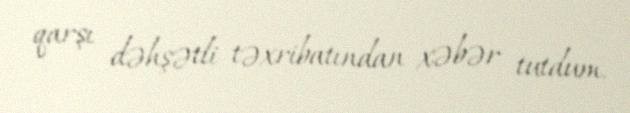
qarşı dəhşətli təxribatından xəbər tutdum.